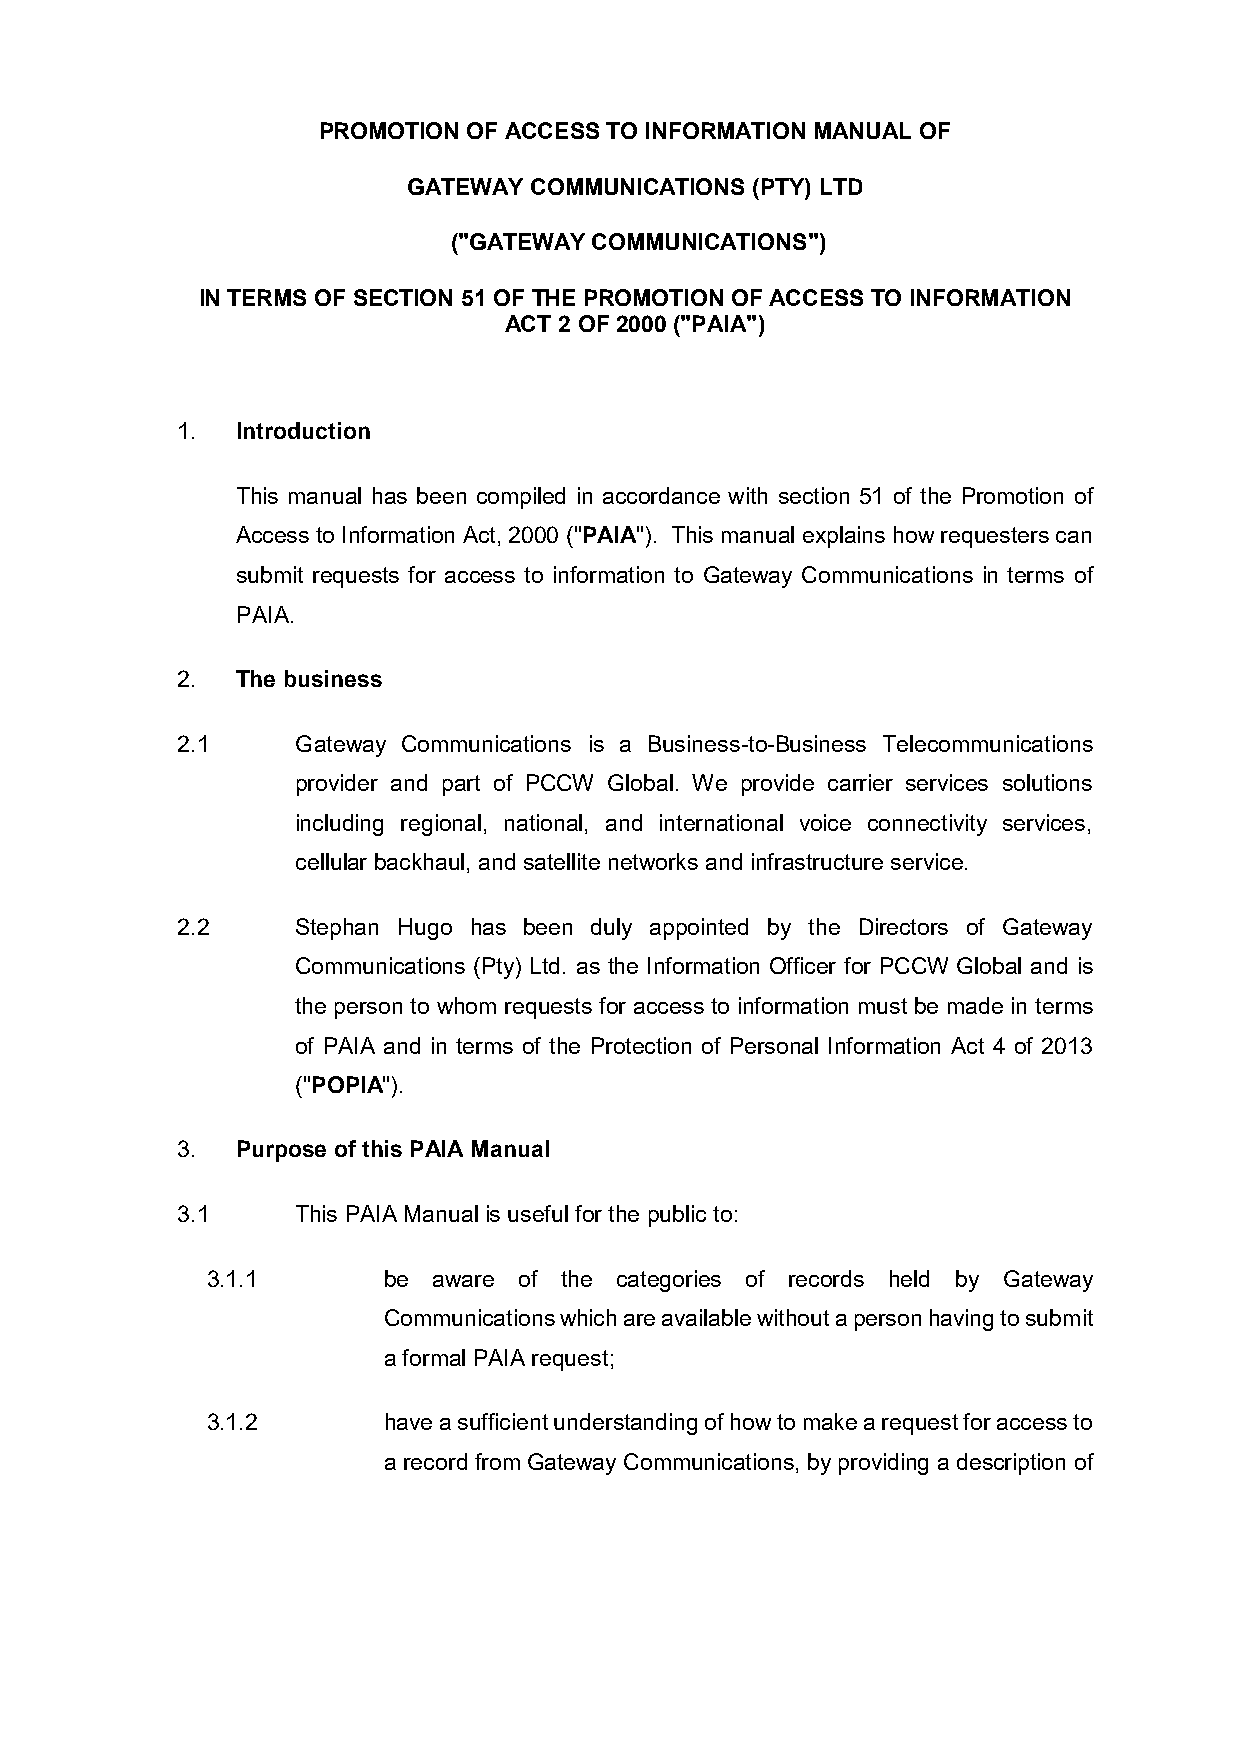
PROMOTION OF ACCESS TO INFORMATION MANUAL OF
 GATEWAY COMMUNICATIONS (PTY) LTD
 ("GATEWAY COMMUNICATIONS")
 IN TERMS OF SECTION 51 OF THE PROMOTION OF ACCESS TO INFORMATION
 ACT 2 OF 2000 ("PAIA")
 1.  Introduction
 This manual has been compiled in accordance with section 51 of the Promotion of
 Access to Information Act, 2000 ("PAIA"). This manual explains how requesters can
 submit requests for access to information to Gateway Communications in terms of
 PAIA.
 2.  The business
 2.1     Gateway Communications is a Business-to-Business Telecommunications
 provider and part of PCCW Global. We provide carrier services solutions
 including regional, national, and international voice connectivity services,
 cellular backhaul, and satellite networks and infrastructure service.
 2.2     Stephan Hugo has been duly appointed by the Directors of Gateway
 Communications (Pty) Ltd. as the Information Officer for PCCW Global and is
 the person to whom requests for access to information must be made in terms
 of PAIA and in terms of the Protection of Personal Information Act 4 of 2013
 ("POPIA").
 3.  Purpose of this PAIA Manual
 3.1     This PAIA Manual is useful for the public to:
 3.1.1      be  aware of the categories of records held by Gateway
 Communications which are available without a person having to submit
 a formal PAIA request;
 3.1.2      have a sufficient understanding of how to make a request for access to
 a record from Gateway Communications, by providing a description of